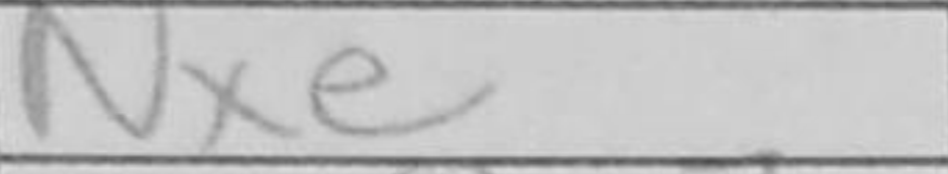
Transcription: Nxe5